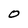
Character: 0